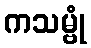
ကသမ္ဗုံ